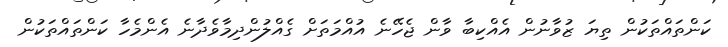
ކަންތައްތަކުން ތިޔަ ޒުވާނުން އެއްކިބާ ވާން ޖެހޭނެ އުއްމަތަށް ގެއްލުންދިމާވެދާނެ އެންމެހާ ކަންތައްތަކުން